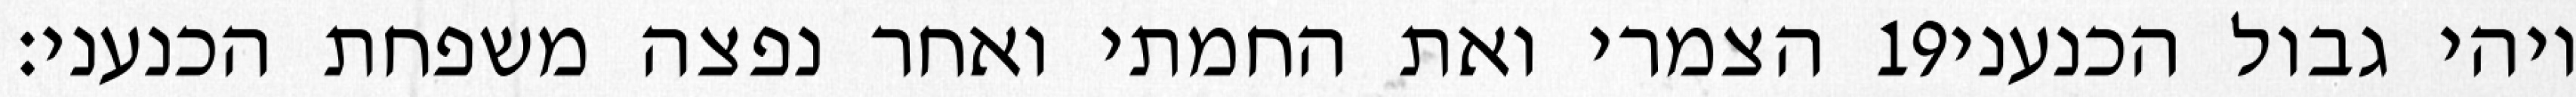
הצמרי ואת החמתי ואחר נפצה משפחת הכנעני׃ ‎19‏ ויהי גבול הכנעני